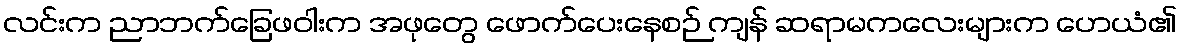
လင်းက ညာဘက်ခြေဖဝါးက အဖုတွေ ဖောက်ပေးနေစဉ် ကျန် ဆရာမကလေးများက ဟေယံ၏